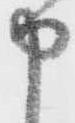
申